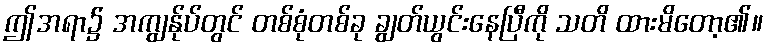
ဤအရာ၌ အကျွန်ုပ်တွင် တစ်စုံတစ်ခု ချွတ်ယွင်းနေပြီကို သတိ ထားမိတော့၏။